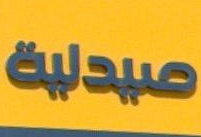
صيدلية